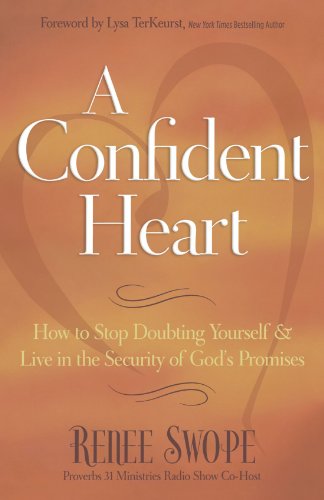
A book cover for A Confident Heart: How to Stop Doubting Yourself and Live in the Security of GodEEs Promises; Renee Swope; Christian Books & Bibles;